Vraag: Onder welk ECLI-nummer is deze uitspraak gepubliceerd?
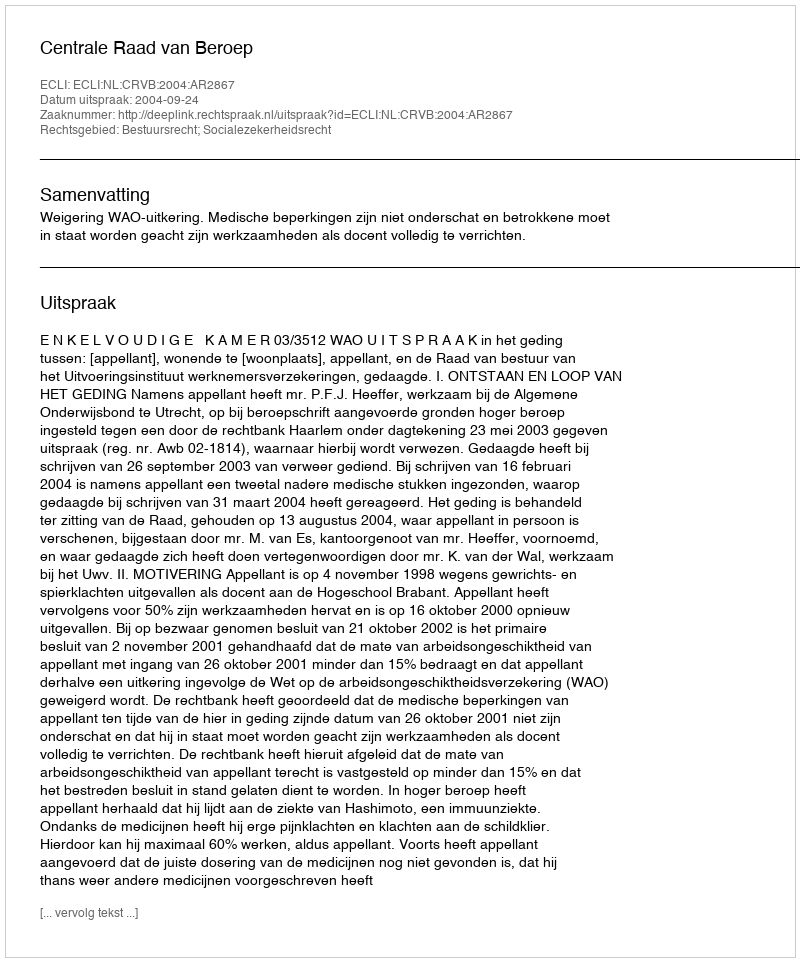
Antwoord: ECLI:NL:CRVB:2004:AR2867